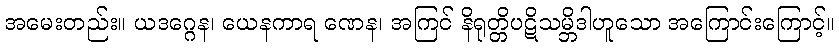
အမေးတည်း။ ယဒဂ္ဂေန၊ ယေနကာရ ဏေန၊ အကြင် နိရုတ္တိပဋိသမ္ဘိဒါဟူသော အကြောင်းကြောင့်။